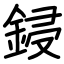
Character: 鋟